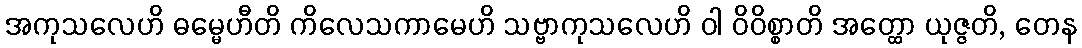
အကုသလေဟိ ဓမ္မေဟီတိ ကိလေသကာမေဟိ သဗ္ဗာကုသလေဟိ ဝါ ဝိဝိစ္စာတိ အတ္ထော ယုဇ္ဇတိ, တေန